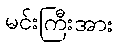
မင်းကြီးအား